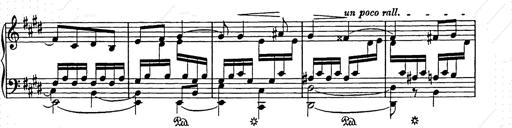
Title: Ave Maria
Composer: Joseph Ascher
Key: D-flat major